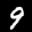
Label: 9